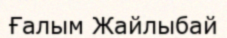
Ғалым Жайлыбай